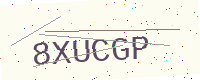
Text: 8XUCGP